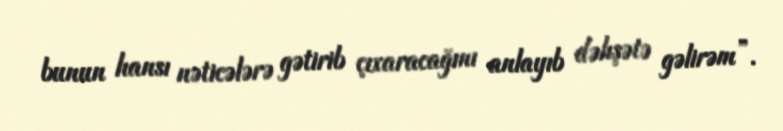
bunun hansı nəticələrə gətirib çıxaracağını anlayıb dəhşətə gəlirəm”.